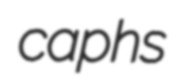
caphs